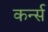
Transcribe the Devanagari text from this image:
कर्न्‍स